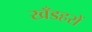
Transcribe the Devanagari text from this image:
खँडहरों